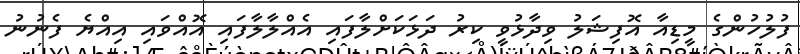
ފުލުހުންގެ މީޑިއާ އޮފިޝަލު ވިދާޅުވީ ކިރު ދަޅަކަށްލާފައި އެއްލާލާފައި އޮއްވައި އިއްޔެ ފެނުނު